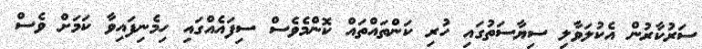
ސަރުކާރުން އެކުލަވާލި ސިޔާސަތުގައި ހުރި ކަންތައްތައް ކޮންމެވެސް ސިފައެއްގައި ހިމެނިފައިވާ ކަމަށް ވެސް